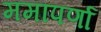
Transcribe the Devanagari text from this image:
ममापर्णा